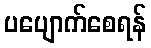
ပပျောက်စေရန်